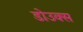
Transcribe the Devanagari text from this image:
डोउक्स